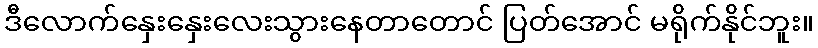
ဒီလောက်နှေးနှေးလေးသွားနေတာတောင် ပြတ်အောင် မရိုက်နိုင်ဘူး။